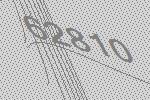
62810